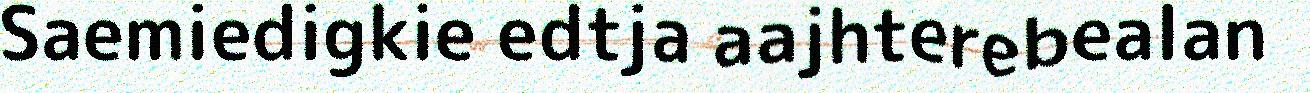
Saemiedigkie edtja aajhterebealan